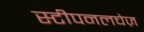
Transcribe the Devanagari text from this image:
स्टीपनलचेज़